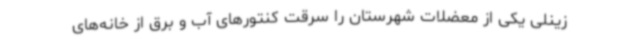
زینلی یکی از معضلات شهرستان را سرقت کنتورهای آب و برق از خانه‌های